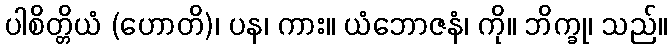
ပါစိတ္တိယံ (ဟောတိ)၊ ပန၊ ကား။ ယံဘောဇနံ၊ ကို။ ဘိက္ခု၊ သည်။